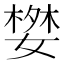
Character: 𭒓